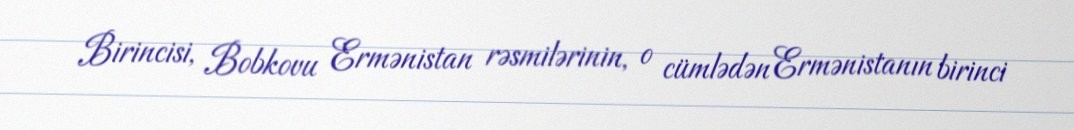
Birincisi, Bobkovu Ermənistan rəsmilərinin, o cümlədən Ermənistanın birinci